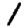
Digit: 1